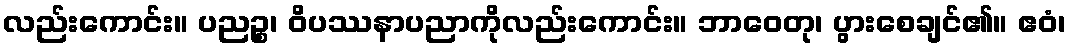
လည်းကောင်း။ ပညဉ္စ၊ ဝိပဿနာပညာကိုလည်းကောင်း။ ဘာဝေတု၊ ပွားစေချင်၏။ ဧဝံ၊